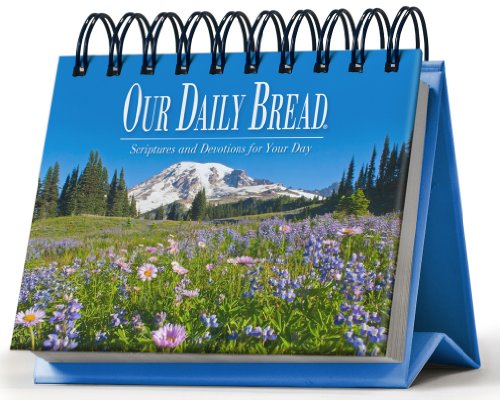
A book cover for Our Daily Bread Perpetual Calendar: Scriptures and Devotions for Your Day; Our Daily Bread Ministries; Calendars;